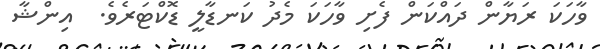
ވާހަކަ ރަޔާން ދައްކަން ފެށި ވާހަކަ މެދު ކަނޑާލީ ޑޮކްޓަރެވެ.  އިންޝާ